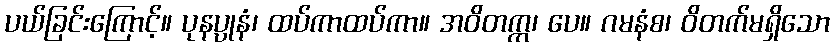
ပယ်ခြင်းကြောင့်။ ပုနပ္ပုနံ၊ ထပ်ကာထပ်ကာ။ အဝိတက္က၊ ပေ။ ဂမနံစ၊ ဝိတက်မရှိသော